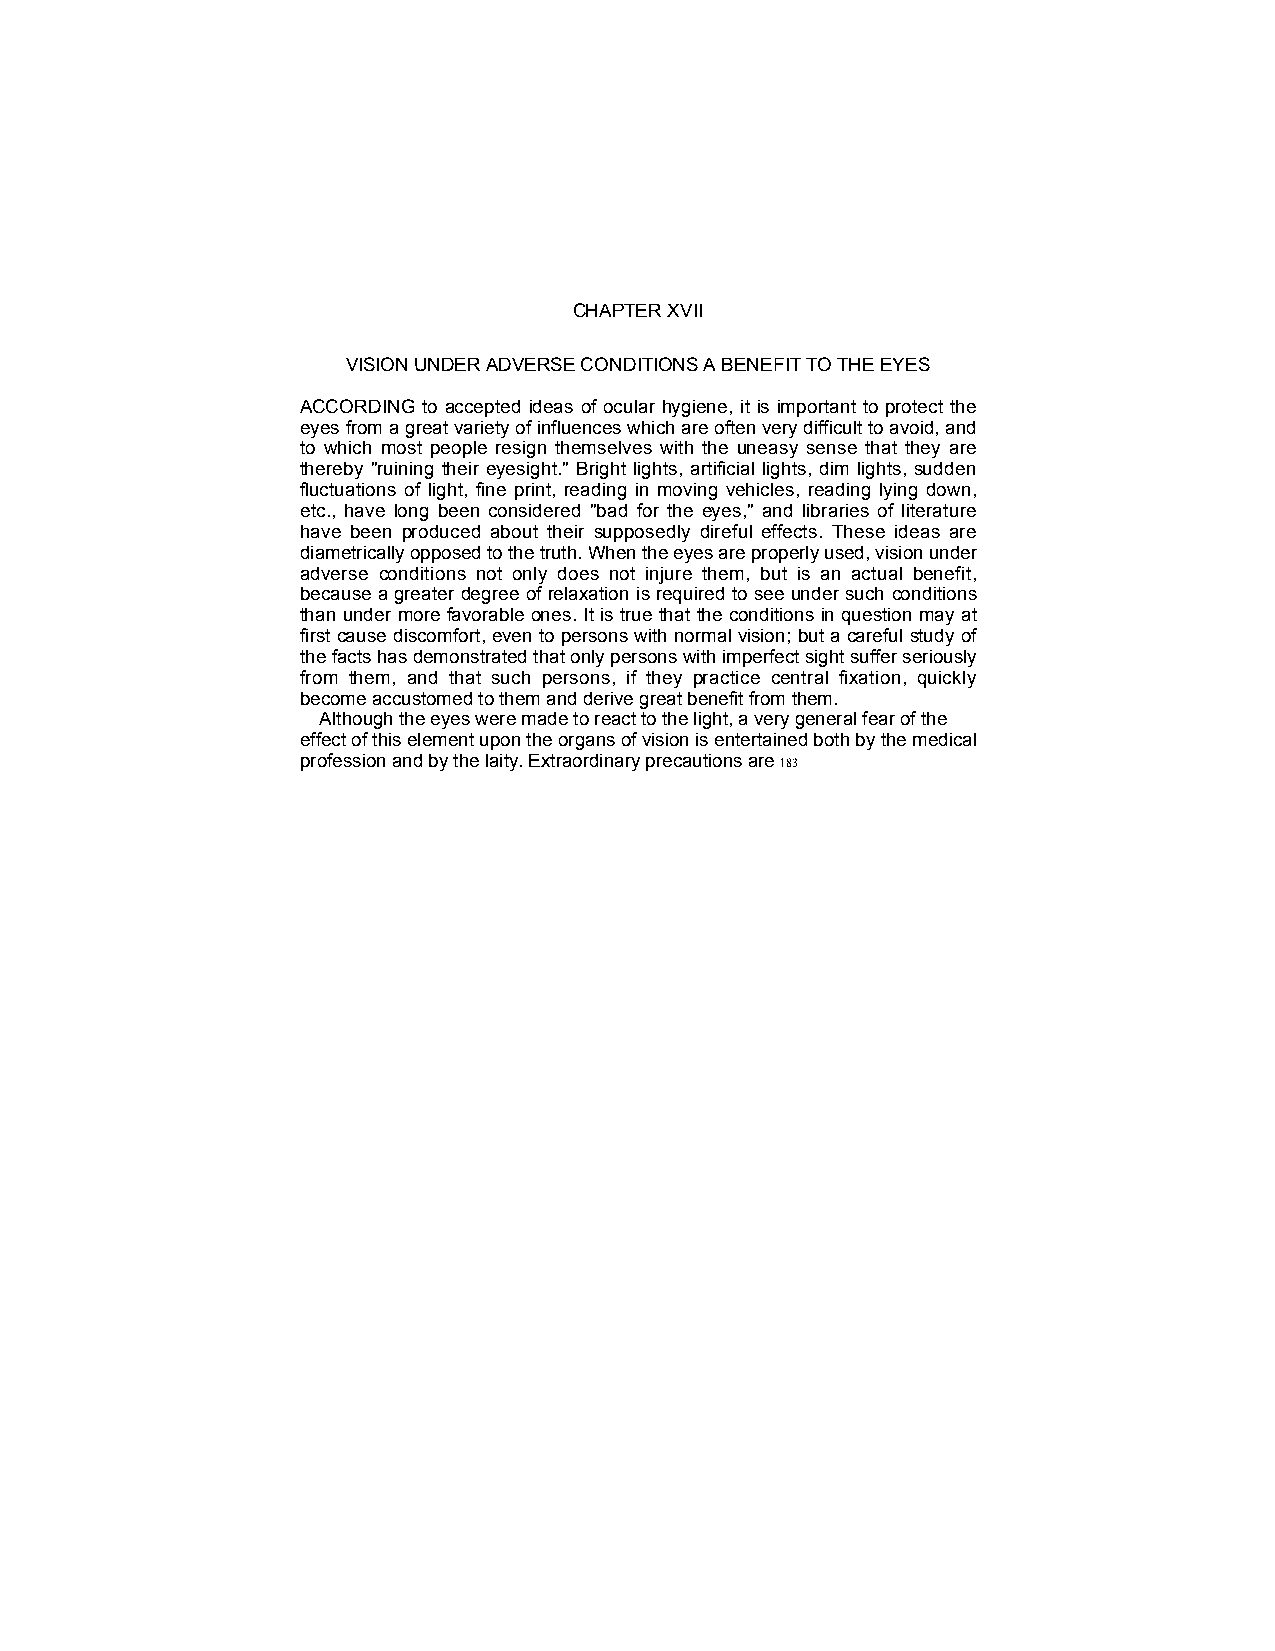
CHAPTER XVII
 VISION UNDER ADVERSE CONDITIONS A BENEFIT TO THE EYES
 ACCORDING to accepted ideas of ocular hygiene, it is important to protect the
 eyes from a great variety of influences which are often very difficult to avoid, and
 to which most people resign themselves with the uneasy sense that they are
 thereby "ruining their eyesight." Bright lights, artificial lights, dim lights, sudden
 fluctuations of light, fine print, reading in moving vehicles, reading lying down,
 etc., have long been considered "bad for the eyes," and libraries of literature
 have been produced about their supposedly direful effects. These ideas are
 diametrically opposed to the truth. When the eyes are properly used, vision under
 adverse conditions not only does not injure them, but is an actual benefit,
 because a greater degree of relaxation is required to see under such conditions
 than under more favorable ones. It is true that the conditions in question may at
 first cause discomfort, even to persons with normal vision; but a careful study of
 the facts has demonstrated that only persons with imperfect sight suffer seriously
 from them, and that such persons, if they practice central fixation, quickly
 become accustomed to them and derive great benefit from them.
 Although the eyes were made to react to the light, a very general fear of the
 effect of this element upon the organs of vision is entertained both by the medical
 profession and by the laity. Extraordinary precautions are 183